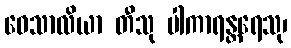
ဝေသာလိယာ တီသု ပါကာရန္တရေသု၊